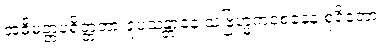
အဓိမတ္တပရိတ္တတာ ရူပသန္တာနေ သဗြဟ္မကဝစနေန စုဒိတော